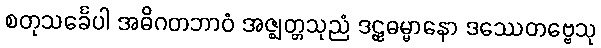
စတုသင်္ခေပါ အဓိဂတဘာဝံ အဇ္ဈတ္တသုညံ ဒဠှဓမ္မာနော ဒဿေတဗ္ဗေသု